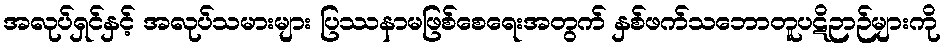
အလုပ်ရှင်နှင့် အလုပ်သမားများ ပြဿနာမဖြစ်စေရေးအတွက် နှစ်ဖက်သဘောတူပဋိဉာဉ်များကို